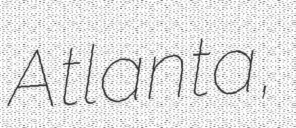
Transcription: Atlanta,